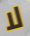
لا